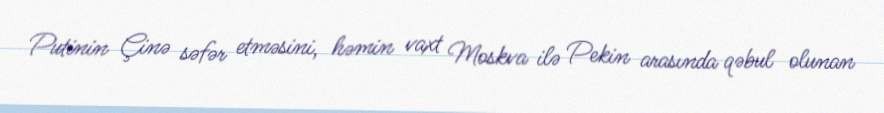
Putinin Çinə səfər etməsini, həmin vaxt Moskva ilə Pekin arasında qəbul olunan